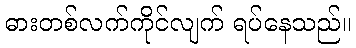
ဓားတစ်လက်ကိုင်လျက် ရပ်နေသည်။